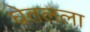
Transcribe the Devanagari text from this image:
घेतलला